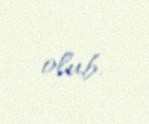
olub.